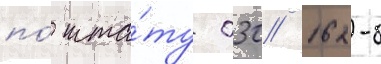
по́ шта́ту 030/ 162-б